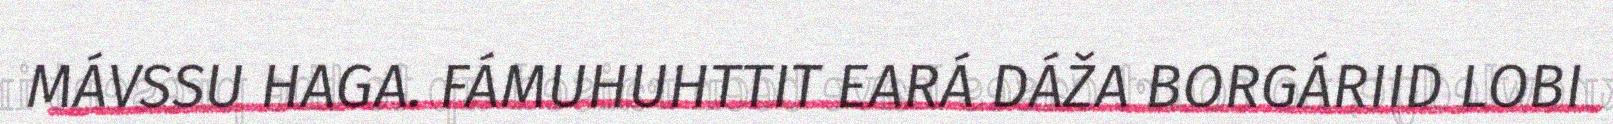
MÁVSSU HAGA. FÁMUHUHTTIT EARÁ DÁŽA BORGÁRIID LOBI